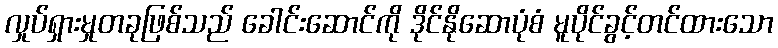
လှုပ်ရှားမှုတခုဖြစ်သည် ခေါင်းဆောင်ကို ဒိုင်နိုဆောပုံစံ မူပိုင်ခွင့်တင်ထားသော